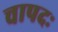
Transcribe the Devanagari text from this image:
चापदः